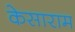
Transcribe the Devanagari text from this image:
केसाराम